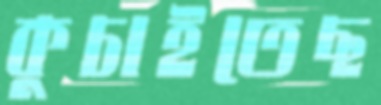
কুচাইতেছ